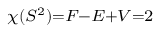
\scriptstyle \chi ( S ^ { 2 } ) = F - E + V = 2